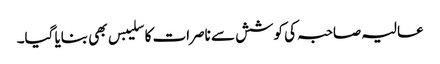
عالیہ صاحبہ کی کوشش سے ناصرات کا سلیبس بھی بنایا گیا۔